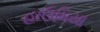
હાઉમિયા